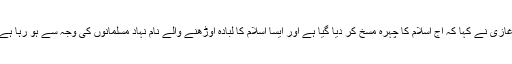
اپنے خطاب میں بھارت کے معروف عالم دین مولانا قمر غازی نے کہا کہ آج اسلام کا چہرہ مسخ کر دیا گیا ہے اور ایسا اسلام کا لبادہ اوڑھنے والے نام نہاد مسلمانوں کی وجہ سے ہو رہا ہے، کیونکہ ان کے پاس نہ کوئی لیڈر ہے اور نہ کوئی رہبر۔